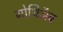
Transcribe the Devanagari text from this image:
गोथिॲब